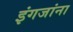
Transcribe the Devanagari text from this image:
इंगजांना